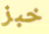
خبز